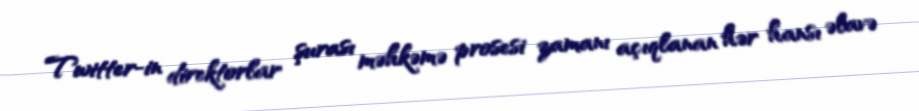
Twitter-in direktorlar şurası məhkəmə prosesi zamanı açıqlanan hər hansı əlavə